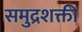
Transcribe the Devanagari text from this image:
समुद्रशक्ती